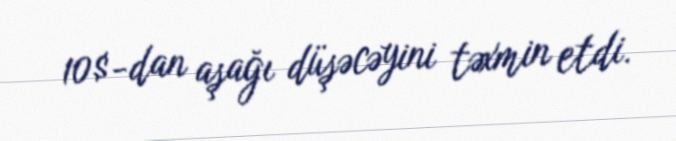
10$-dan aşağı düşəcəyini təxmin etdi.